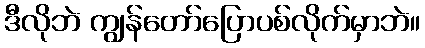
ဒီလိုဘဲ ကျွန်တော်ပြောပစ်လိုက်မှာဘဲ။